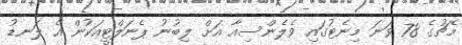
މެޗުގެ 78 ވަނަ މިނެޓުގައި ވެލެންސިއާ އަށް ލިބުނު ޕެނަލްޓީއަކުން އެ ލަނޑު